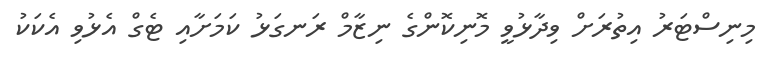
މިނިސްޓަރު އިތުރަށް ވިދާޅުވީ މޮނިކޮންގެ ނިޒާމް ރަނގަޅު ކަމަށާއި ޓެގް އެޅުވި އެކަކު